Annual report of the Imperial Bacteriologist
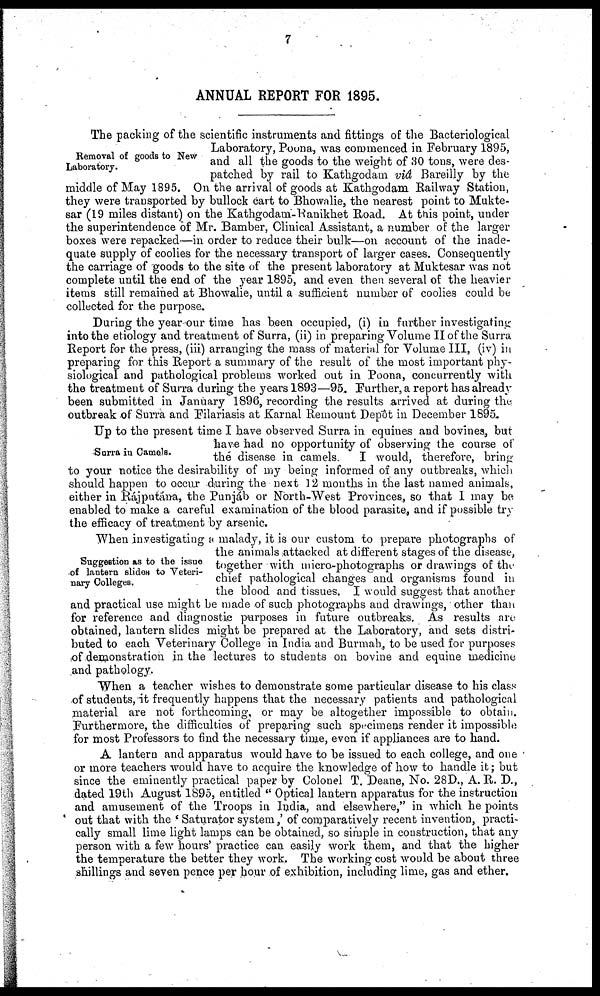
7
ANNUAL REPORT FOR 1895.
Removal of goods to New
Laboratory.
The packing of the scientific instruments and fittings of the Bacteriological
Laboratory, Poona, was commenced in February 1895,
and all the goods to the weight of 30 tons, were des-
patched by rail to Kathgodam viâ Bareilly by the
middle of May 1895. On the arrival of goods at Kathgodam Railway Station,
they were transported by bullock cart to Bhowalie, the nearest point to Mukte-
sar (19 miles distant) on the Kathgodam-Ranikhet Road. At this point, under
the superintendence of Mr. Bamber, Clinical Assistant, a number of the larger
boxes were repacked—in order to reduce their bulk—on account of the inade-
quate supply of coolies for the necessary transport of larger cases. Consequently
the carriage of goods to the site of the present laboratory at Muktesar was not
complete until the end of the year 1895, and even then several of the heavier
items still remained at Bhowalie, until a sufficient number of coolies could be
collected for the purpose.
During the year our time has been occupied, (i) in further investigating
into the etiology and treatment of Surra, (ii) in preparing Volume II of the Surra
Report for the press, (iii) arranging the mass of material for Volume III, (iv) in
preparing for this Report a summary of the result of the most important phy-
siological and pathological problems worked out in Poona, concurrently with
the treatment of Surra during the years 1893—95. Further, a report has already
been submitted in January 1896, recording the results arrived at during the
outbreak of Surra and Filariasis at Karnal Remount Depôt in December 1895.
Surra in Camels..
Up to the present time I have observed Surra in equines and bovines, but
have had no opportunity of observing the course of
the disease in camels.
I would, therefore, bring
to your notice the desirability of my being informed of any outbreaks, which
should happen to occur during the next 12 months in the last named animals,
either in Rájputána, the Punjáb or North-West Provinces, so that I may be
enabled to make a careful examination of the blood parasite, and if possible try
the efficacy of treatment by arsenic.
Suggestion as to the issue
of lantern slides to Veteri-
nary Colleges.
When investigating a malady, it is our custom to prepare photographs of
the animals attacked at different stages of the disease,
together with micro-photographs or drawings of the
chief pathological changes and organisms found in
the blood and tissues. I would suggest that another
and practical use might be made of such photographs and drawings, other than
for reference and diagnostic purposes in future outbreaks. As results are
obtained, lantern slides might be prepared at the Laboratory, and sets distri-
buted to each Veterinary College in India and Burmah, to be used for purposes
of demonstration in the lectures to students on bovine and equine medicine
and pathology.
When a teacher wishes to demonstrate some particular disease to his class
of students, it frequently happens that the necessary patients and pathological
material are not forthcoming, or may be altogether impossible to obtain.
Furthermore, the difficulties of preparing such specimens render it impossible
for most Professors to find the necessary time, even if appliances are to hand.
A lantern and apparatus would have to be issued to each college, and one
or more teachers would have to acquire the knowledge of how to handle it; but
since the eminently practical paper by Colonel T. Deane, No. 28D., A. R. D.,
dated 19th August 1895, entitled " Optical lantern apparatus for the instruction
and amusement of the Troops in India, and elsewhere," in which he points
out that with the ' Saturator system,' of comparatively recent invention, practi-
cally small lime light lamps can be obtained, so simple in construction, that any
person with a few hours' practice can easily work them, and that the higher
the temperature the better they work. The working cost would be about three
shillings and seven pence per hour of exhibition, including lime, gas and ether.